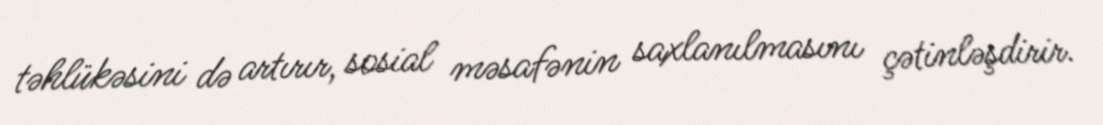
təhlükəsini də artırır, sosial məsafənin saxlanılmasını çətinləşdirir.